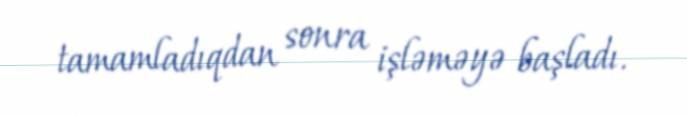
tamamladıqdan sonra işləməyə başladı.